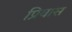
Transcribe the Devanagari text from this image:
प्रिवास